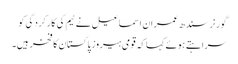
گورنر سندھ عمران اسماعیل نے ٹیم کی کارکردگی کو
سراہتے ہوئے کہا کہ قومی ہیروز پاکستان کا فخر ہیں۔